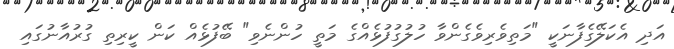
އަދި އެކަލޭގެފާނަކީ "މަތިވެރިވެގެންވާ ހުލުގުފުޅެއްގެ މަތީ ހުންނެވި" ބޭފުޅެއް ކަން ކީރިތި ގުރުއާނުގައި